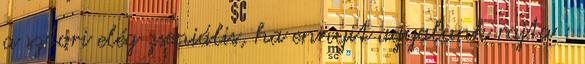
a sztori elég zseniális, ha ennyit agyalunk rajta :